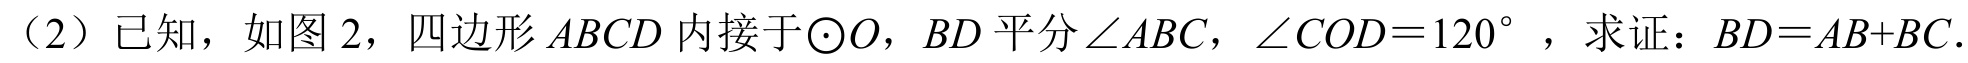
（2）已知，如图2，四边形$ABCD$内接于$\odot O$，$BD$平分$\angle ABC$，$\angle COD = 120^{\circ}$，求证：$BD=AB + BC$．